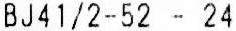
BJ41/2-52 - 24